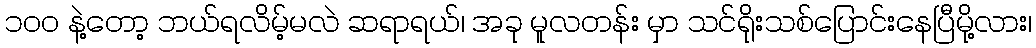
၁၀၀ နဲ့တော့ ဘယ်ရလိမ့်မလဲ ဆရာရယ်၊ အခု မူလတန်း မှာ သင်ရိုးသစ်ပြောင်းနေပြီမို့လား၊